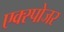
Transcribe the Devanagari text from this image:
एक्‍स्पोजर